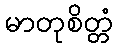
မာတုစိတ္တံ